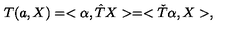
T ( a , X ) = < \alpha , { \hat { T } } X > = < { \check { T } } \alpha , X > ,